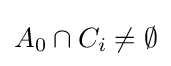
A_{0}\cap C_{i}\neq \emptyset